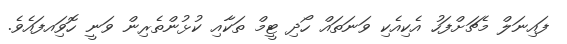
ފައިނަލް މެޗަށްފަހު އެކިއެކި ވަނަތައް ހޯދި ޓީމް ތަކާއި ކުޅުންތެރިން ވަނީ ހޮވަިއފައެވެ.